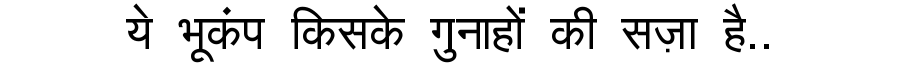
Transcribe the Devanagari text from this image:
ये भूकंप किसके गुनाहों की सज़ा है..